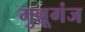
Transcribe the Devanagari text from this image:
मुन्नूगंज